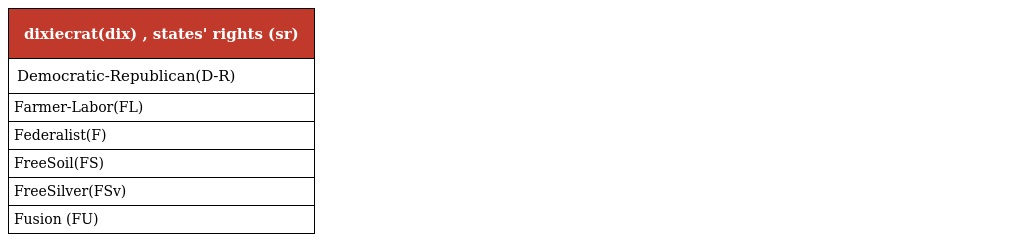
| dixiecrat(dix) , states' rights (sr) |
 | --- |
 | Democratic-Republican(D-R) |
 | Farmer-Labor(FL) |
 | Federalist(F) |
 | FreeSoil(FS) |
 | FreeSilver(FSv) |
 | Fusion (FU) |